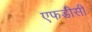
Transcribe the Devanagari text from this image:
एफडीसी